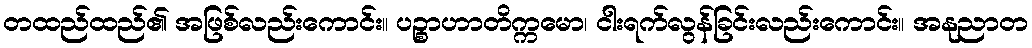
တထည်ထည်၏ အဖြစ်လည်းကောင်း။ ပဉ္စာဟာတိက္ကမော၊ ငါးရက်လွန်ခြင်းလည်းကောင်း။ အနုညာတ